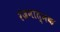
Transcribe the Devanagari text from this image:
रंजनात्मक